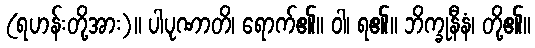
(ရဟန်းတို့အား)။ ပါပုဏာတိ၊ ရောက်၏။ ဝါ၊ ရ၏။ ဘိက္ခုနီနံ၊ တို့၏။